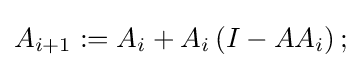
A_{i+1}:=A_{i}+A_{i}\left(I-AA_{i}\right);